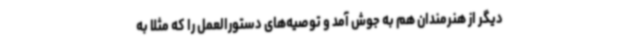
دیگر از هنرمندان هم به جوش آمد و توصیه‌های دستورالعمل را که مثلا به